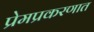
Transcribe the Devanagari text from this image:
प्रेमप्रकरणात